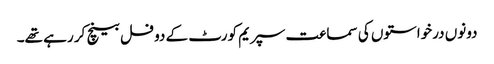
دونوں درخواستوں کی سماعت سپریم کورٹ کے دو فل بینچ کر رہے تھے۔